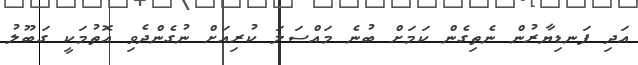
އަދި ފަނޑިޔާރުން ނެތިގެން ކަމަށް ބުނެ މައްސަލަ ކުރިއަށް ނުގެންދެވި އޮތުމަކީ ގަބޫލު